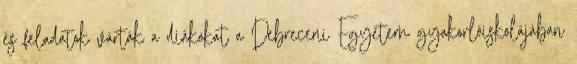
és feladatok várták a diákokat a Debreceni Egyetem gyakorlóiskolájában